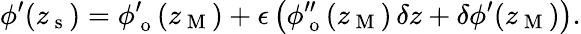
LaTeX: \phi^{\prime}(z_{\mathrm{~s~}})=\phi_{\mathrm{~o~}}^{\prime}(z_{\mathrm{~M~}})+\epsilon\left(\phi_{\mathrm{~o~}}^{\prime\prime}(z_{\mathrm{~M~}})\, \delta z+\delta\phi^{\prime}(z_{\mathrm{~M~}})\right).